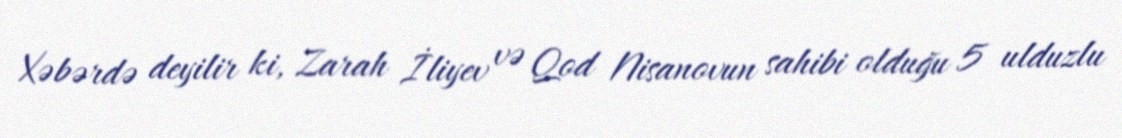
Xəbərdə deyilir ki, Zarah İliyev və Qod Nisanovun sahibi olduğu 5 ulduzlu